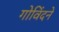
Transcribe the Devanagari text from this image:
गोविंदने